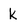
Character: k